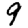
Digit: 9